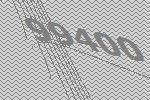
99400